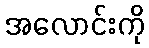
အလောင်းကို